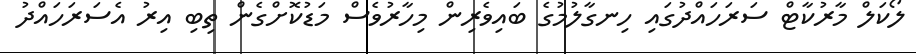
ލޯކަލް މާރުކާޓް ސަރަހައްދުގައި ހިނގާލުމުގެ ބައިވެރިން މިހާރުވެސް މަޑުކޮށްގެން ތިބި އިރު އެސަރަހައްދު